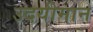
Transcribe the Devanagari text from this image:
उदयीमान